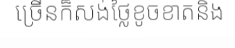
ច្រើនក៏សង់ថ្លៃខូចខាតនិង